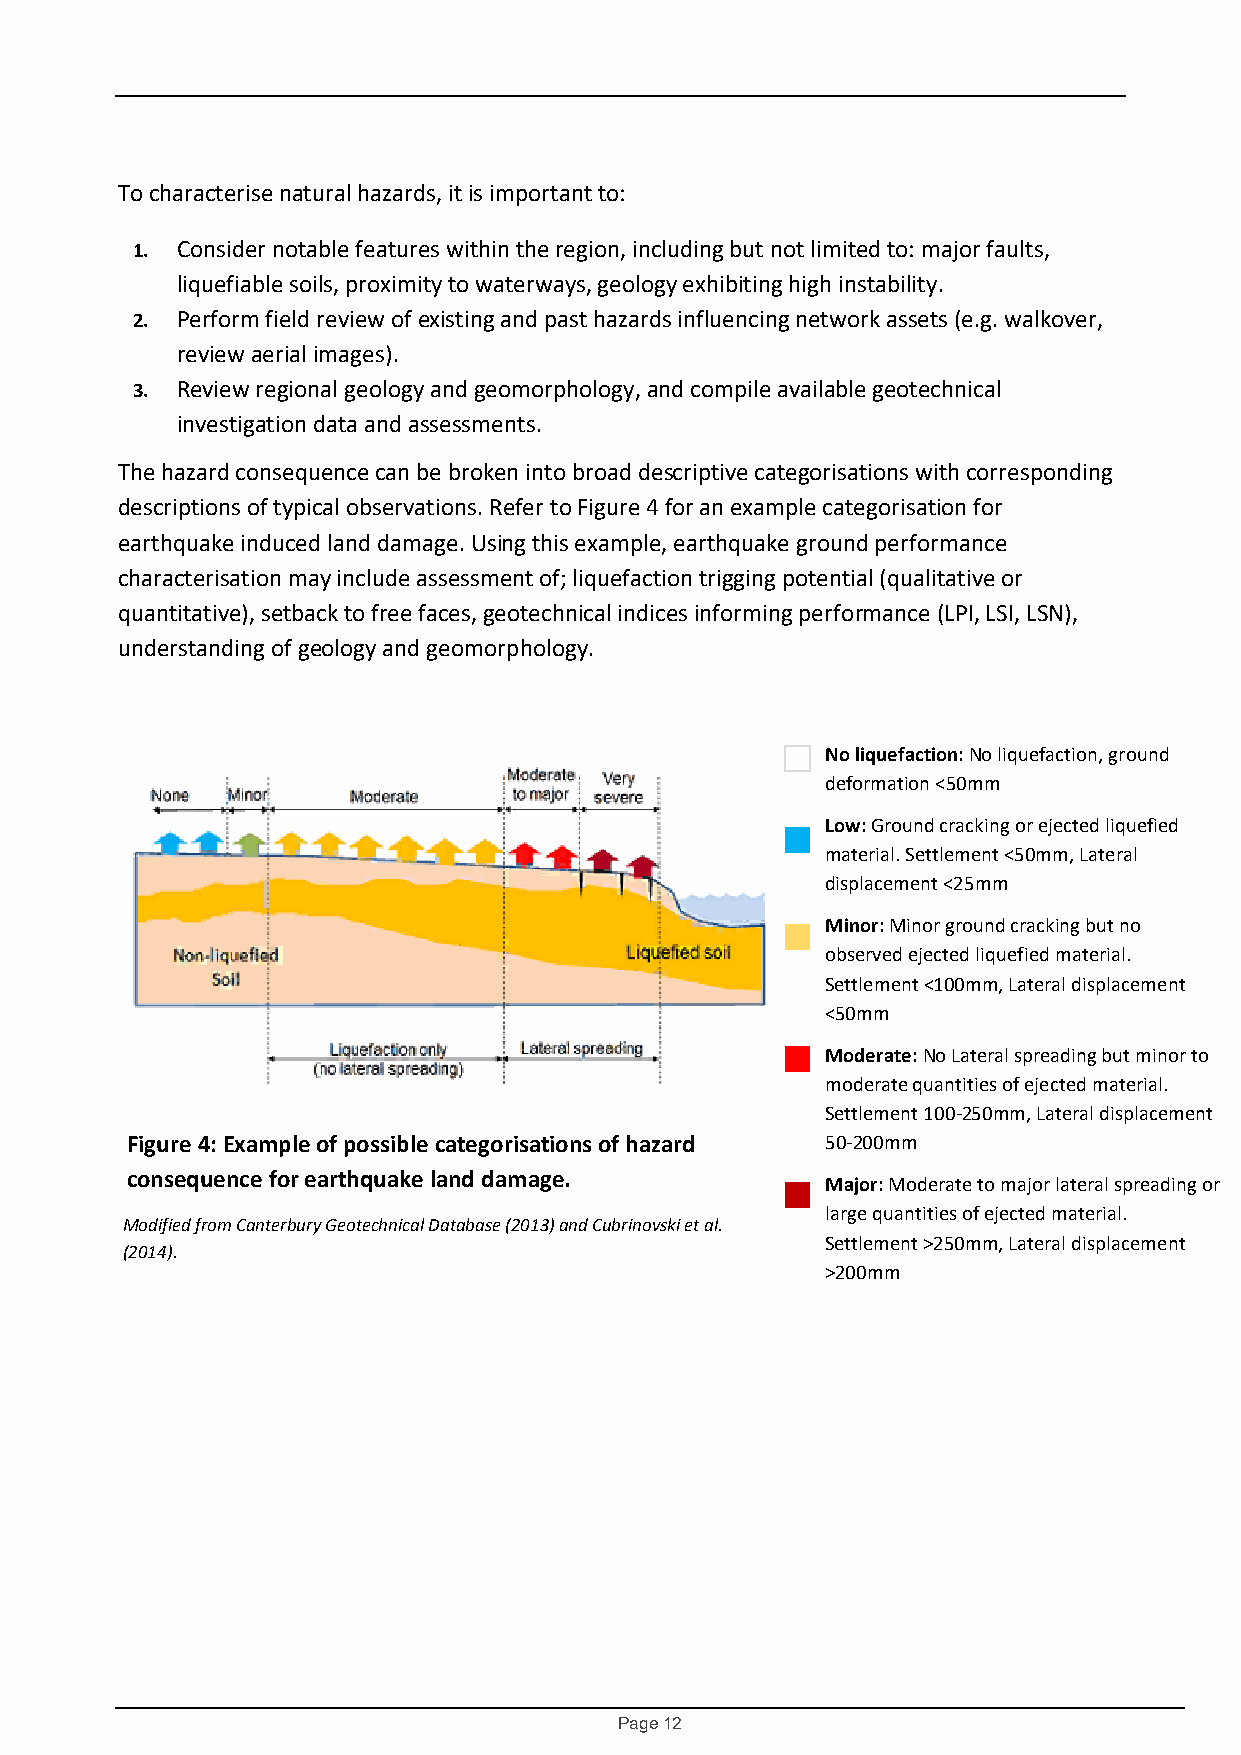
To characterise natural hazards, it is important to:
 1. Consider notable features within the region, including but not limited to: major faults,
 liquefiable soils, proximity to waterways, geology exhibiting high instability.
 2. Perform field review of existing and past hazards influencing network assets (e.g. walkover,
 review aerial images).
 3. Review regional geology and geomorphology, and compile available geotechnical
 investigation data and assessments.
 The hazard consequence can be broken into broad descriptive categorisations with corresponding
 descriptions of typical observations. Refer to Figure 4 for an example categorisation for
 earthquake induced land damage. Using this example, earthquake ground performance
 characterisation may include assessment of; liquefaction trigging potential (qualitative or
 quantitative), setback to free faces, geotechnical indices informing performance (LPI, LSI, LSN),
 understanding of geology and geomorphology.
 No liquefaction: No liquefaction, ground
 deformation <50mm
 Low: Ground cracking or ejected liquefied
 material. Settlement <50mm, Lateral
 displacement <25mm
 Minor: Minor ground cracking but no
 observed ejected liquefied material.
 Settlement <100mm, Lateral displacement
 <50mm
 Moderate: No Lateral spreading but minor to
 moderate quantities of ejected material.
 Settlement 100-250mm, Lateral displacement
 Figure 4: Example of possible categorisations of hazard 50-200mm
 consequence for earthquake land damage.        Major: Moderate to major lateral spreading or
 large quantities of ejected material.
 Modified from Canterbury Geotechnical Database (2013) and Cubrinovski et al.
 Settlement >250mm, Lateral displacement
 (2014).
 >200mm
 Page 12